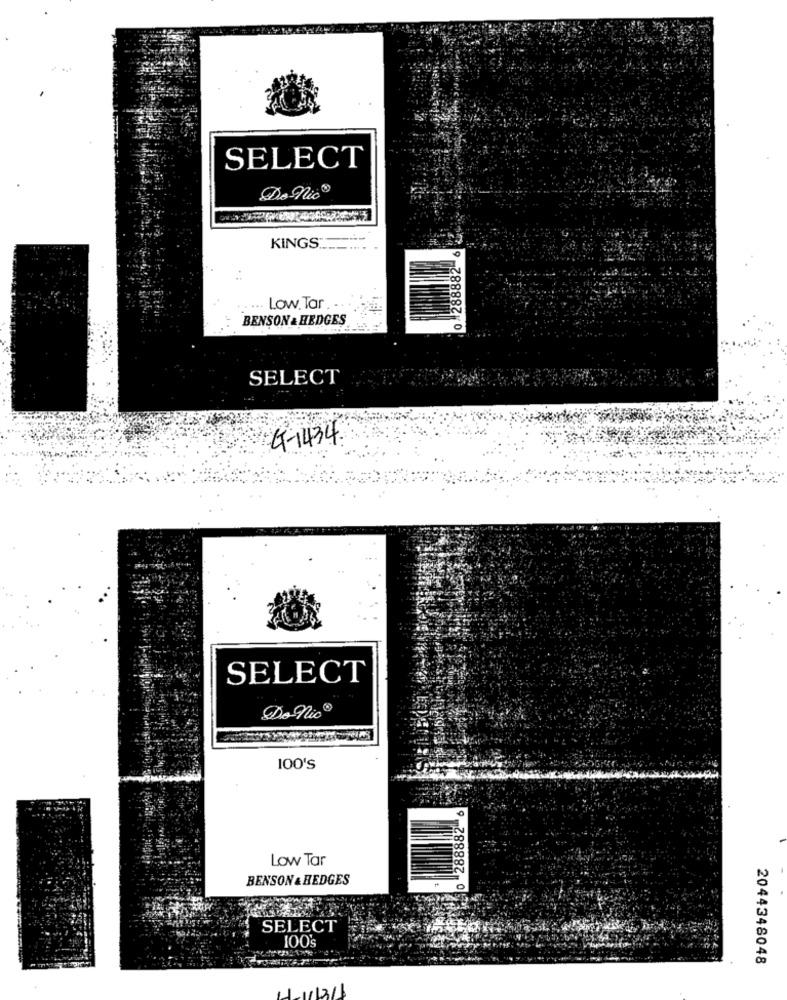
SELECT
De nic
KINGS
288882 6
....
Low. Tar .
BENSON & HEDGES
SELECT
G1434
SELECT
Donio
100's
0 288882
Low Tar
BENSON & HEDGES
SELECT
100's
2044348048
1211